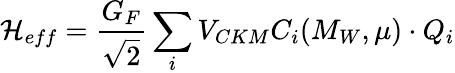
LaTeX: {\cal H}_{eff}=\frac{G_{F}}{\sqrt{2}}\sum_{i}V_{CKM}C_{i}(M_{W},\mu)\cdot Q_{i}